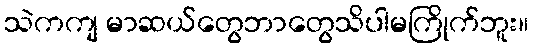
သဲကကျ မာဆယ်တွေဘာတွေသိပါမကြိုက်ဘူး။